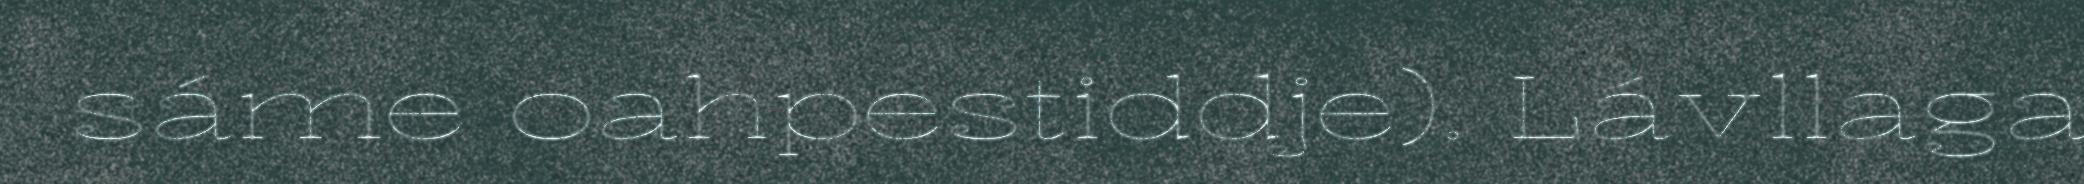
sáme oahpestiddje). Lávllaga